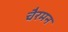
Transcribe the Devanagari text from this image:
चैरमन